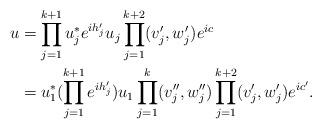
LaTeX: \begin{align*}u&=\prod_{j=1}^{k+1} u_j^*e^{ih_j'}u_j \prod_{j=1}^{k+2} (v_j',w_j')e^{ic}\\&=u_1^*(\prod_{j=1}^{k+1} e^{i h_j'})u_1\prod_{j=1}^{k} (v_j'',w_j'')\prod_{j=1}^{k+2} (v_j',w_j')e^{ic'}.\end{align*}